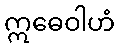
ဣဓေဝါဟံ